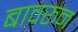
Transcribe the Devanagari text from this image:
बावरून